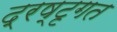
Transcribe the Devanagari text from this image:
द्रष्टृगत